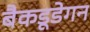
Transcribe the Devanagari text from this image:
बैकडूडेगन